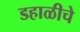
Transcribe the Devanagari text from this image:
डहाळीचे